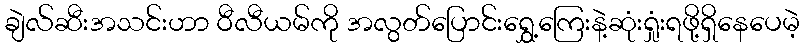
ချဲလ်ဆီးအသင်းဟာ ဝီလီယမ်ကို အလွတ်ပြောင်းရွှေ့ကြေးနဲ့ဆုံးရှုံးရဖို့ရှိနေပေမဲ့